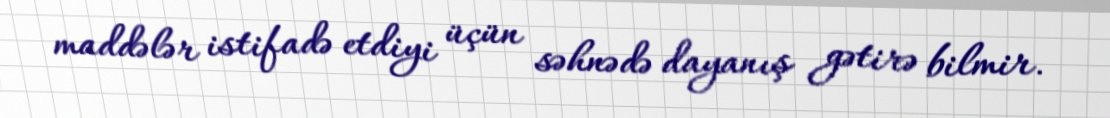
maddələr istifadə etdiyi üçün səhnədə dayanış gətirə bilmir.